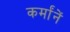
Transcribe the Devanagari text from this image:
कर्मांनें